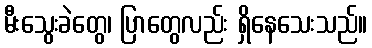
မီးသွေးခဲတွေ၊ ပြာတွေလည်း ရှိနေသေးသည်။